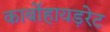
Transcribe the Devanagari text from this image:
कार्बोहायड़रेट